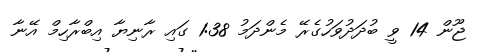
ޖޫން 14 ވީ ބުދަދުވަހުގެރޭ މެންދަމު 1:38 ގައި ރާނިޔާ އިބްރާހިމް އޭނާ